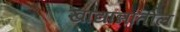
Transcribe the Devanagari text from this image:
खाद्यान्नातील